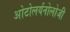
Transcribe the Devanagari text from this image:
ओटोलर्यनोलोजी